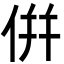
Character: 倂